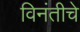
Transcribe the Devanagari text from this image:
विनंतीचे